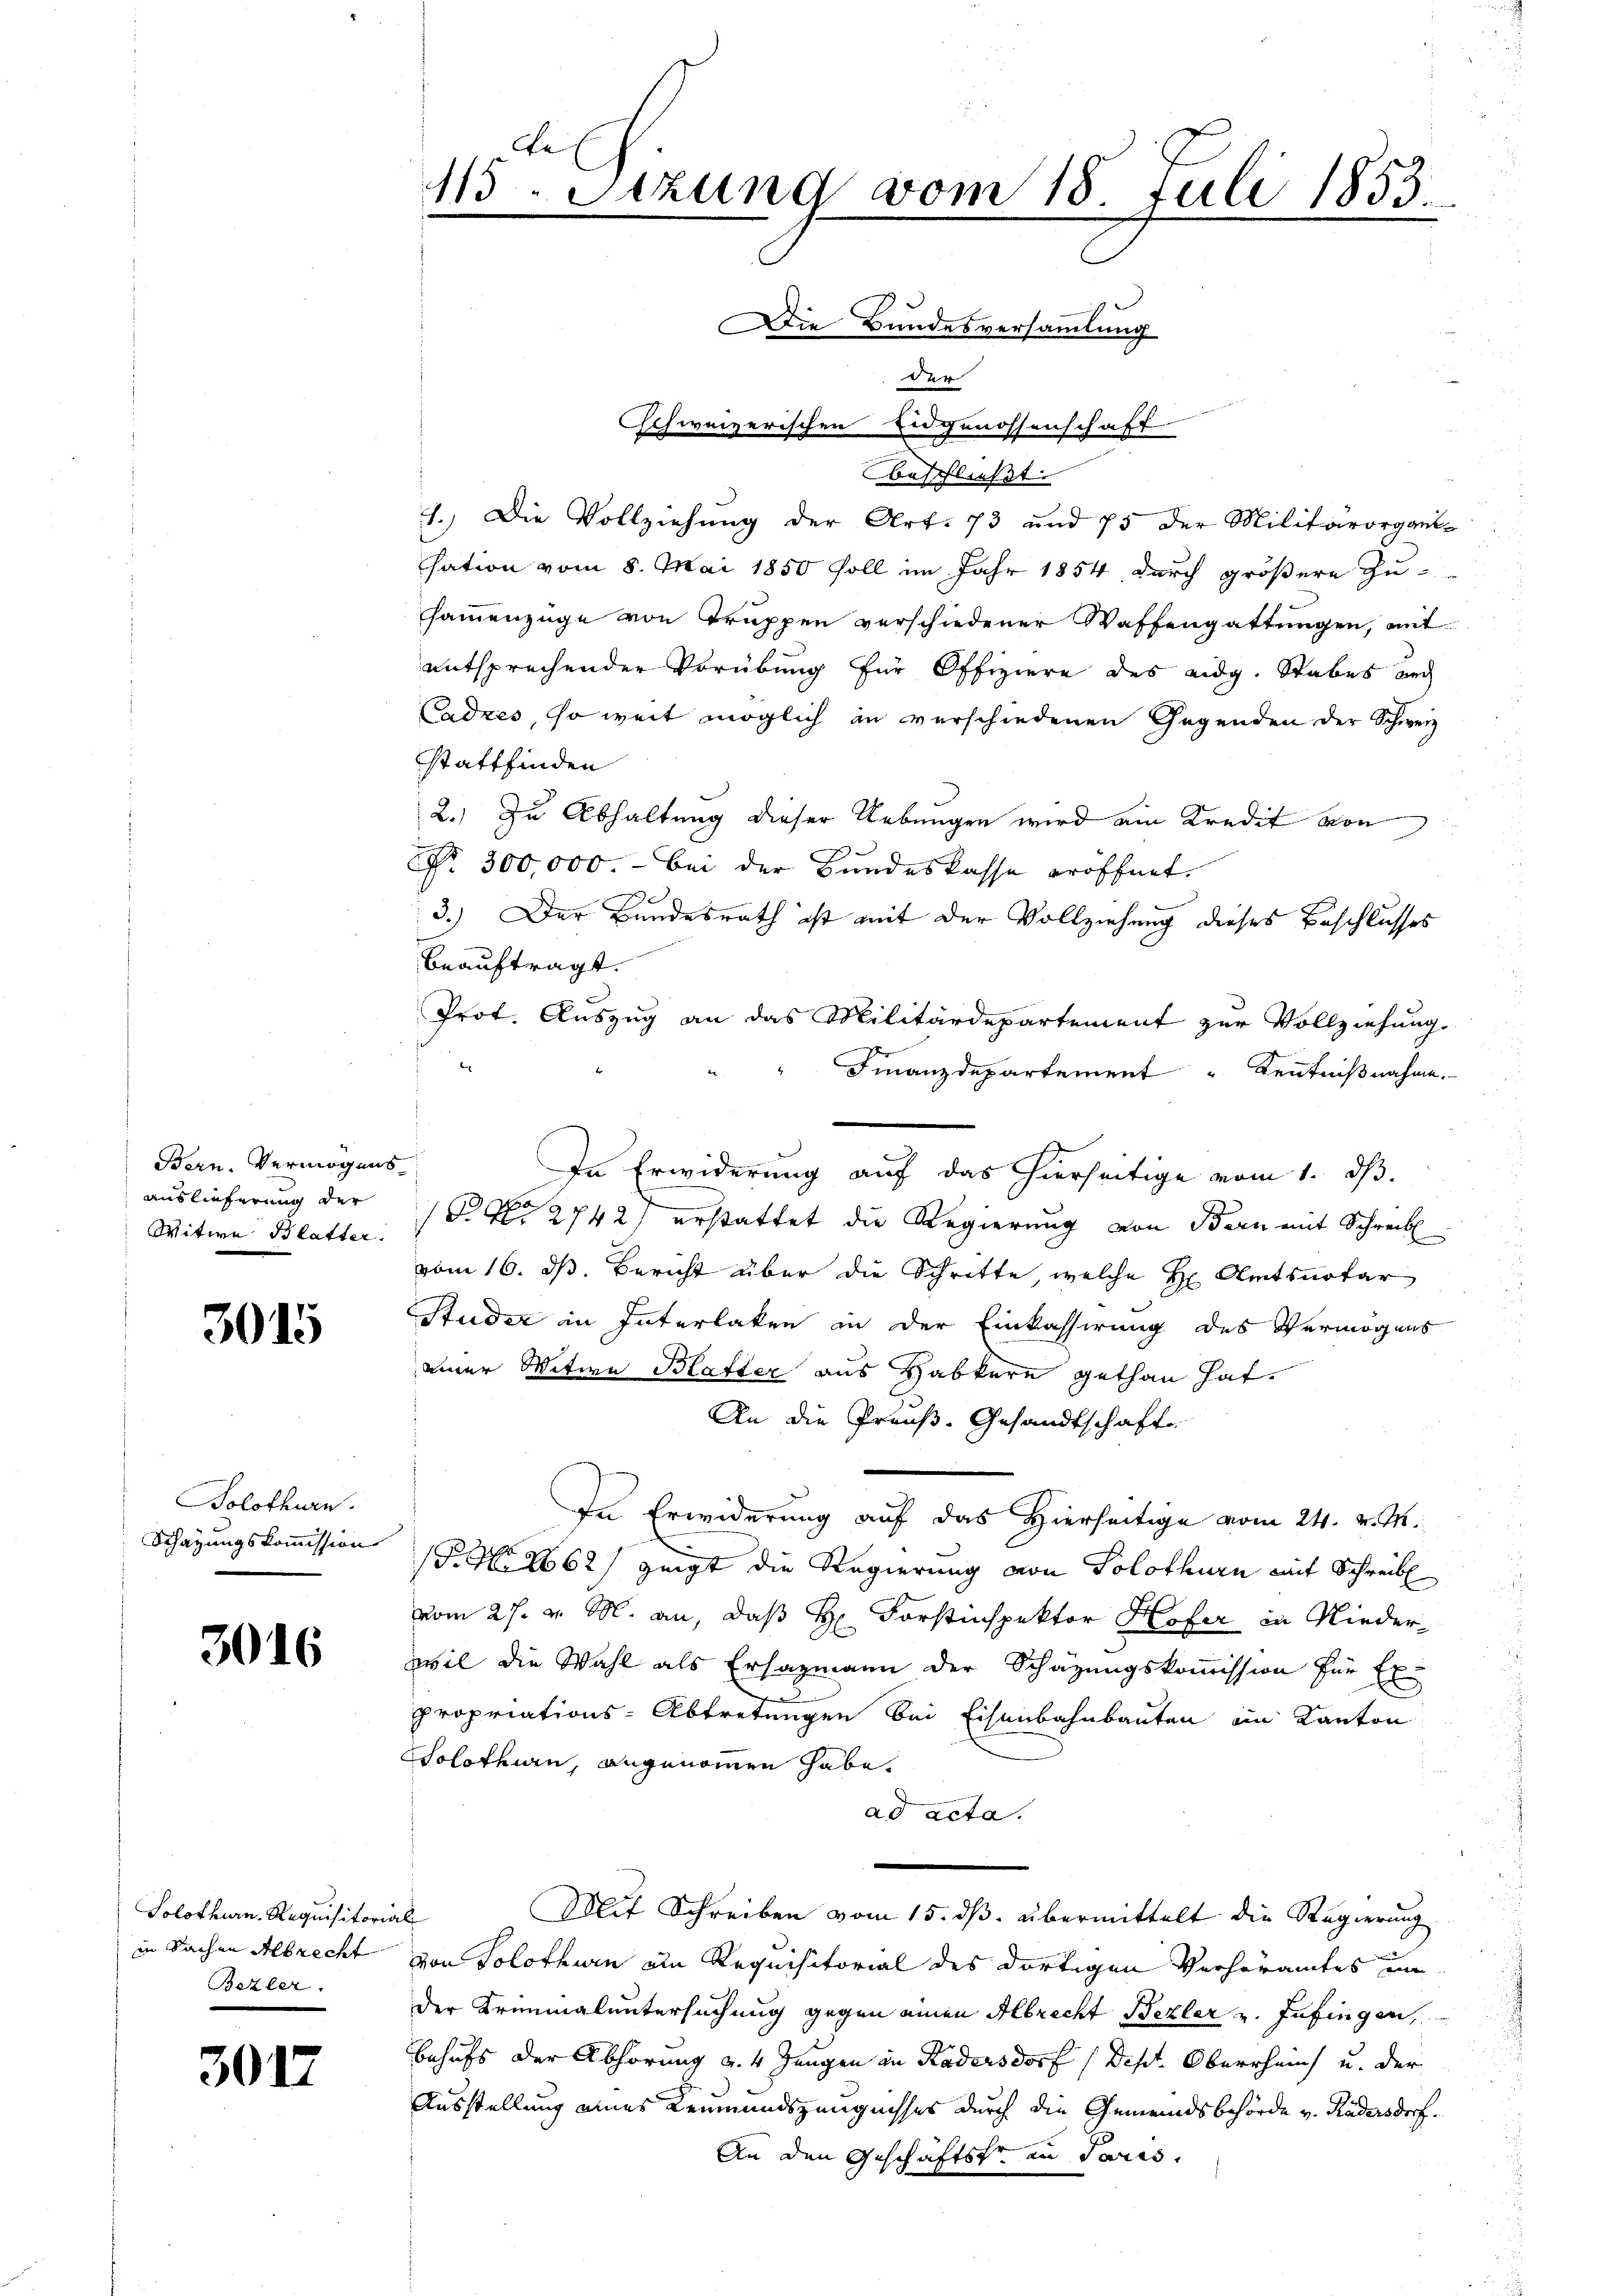
Bern, Vermögens
Auslieferung der
Witwe Blatter.

3015

Solothurn.
Schazungskommission

3016

Solothurn. Requisitorial
in Sachen Albrecht
Bezler.

3017

115. Sitzung vom 18. Juli 1853.
.
ie Bundesversammlung

Der
Schweizerischen Eidgenossenschaft
beschließt:
1.) Die Vollziehung der Art. 73 und 75 der Militärorgant-
sation vom 8. Mai 1850 soll im Jahr 1854 durch größere Zusammenzüge von Truppen verschiedener Waffengattungen, mit
entsprechender Verübung für Offiziere des eidg. Stabes auch
Cadres, so weit möglich an verschiedenen Gegenden der Schweiz
stattfinden
2.) Zu Abhaltung dieser Uebungen wird ein Kredit von
Nr. 300,000. - Bei der Bundeskasse eröffnet.
3.) Der Bundesrath ist mit der Vollziehung dieses Beschlusses

beauftragt.
Prot. Auszug an das Militärdepartement zur Vollziehung.
Finanzdepartement Kenntnißnahme.
 2742) erstattet die Regierung von Bern mit Schreib
vom 16. ds. Bericht über die Schritte, welche H. Amtsnotar
Studer in Interlaken in der Einkassirung des Vermögens
einer Witwe Blatter aus Habkere gethan hat.
An die Preuß. Gesandtschafte
In Erwiderung auf das Hierseitige vom 24. v. M.
P.M. 1862) zeigt die Regierung von Solothurn mit Schreib
vom 27. v. M. an, daß H. Forstinspektor Hofer in Niederwil die Wahl als Erhazmann der Schätzungskommission für Ex-
propriations-Abtretungen bei Eisenbahnbauten ein Kanton
Solothurn, angenommen habe.
ad acta.
Mit Schreiben vom 15. ds. übermittelt die Regierung
von Solothurn am Requisitorial des dortigen Verhöramtes under Kreimaluntersuchung gegen einen Abrecht Bezler u. zufingen,
Behufs der Abhörung v. 4. Jungen in Kadersdorf (Dest. Oberrheit u. der
Ausstellung eines Leumundszeugnisses durch die Gemeindsbehörde v. Kadersdorf.
An den Geschäfts an Paris.

In Erwiderung auf das hierseitige vom 1. dß.